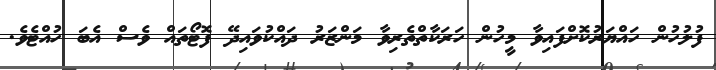
ފުލުހުން ހައްޔަރުކޮށްފައިވާ މީހުން ހަރަކާތްތެރިވާ މަންޒަރު ދައްކުވައިދޭ ފޮޓޯތައް ވެސް އެބަ ހުއްޓެވެ.